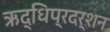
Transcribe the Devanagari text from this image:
ऋद्धिप्रदर्शन